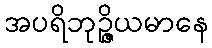
အပရိဘုဉ္ဇိယမာနေ